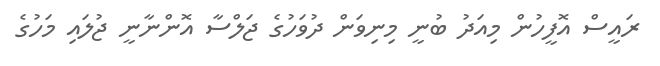
ރައީސް އޮފީހުން މިއަދު ބުނީ މިނިވަން ދުވަހުގެ ޖަލްސާ އޮންނާނީ ޖުލައި މަހުގެ